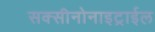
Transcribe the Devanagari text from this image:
सक्सीनोनाइट्राईल